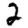
Digit: 2